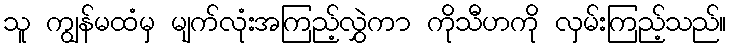
သူ ကျွန်မထံမှ မျက်လုံးအကြည့်လွှဲကာ ကိုသီဟကို လှမ်းကြည့်သည်။